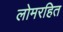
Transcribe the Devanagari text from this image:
लोमरहित